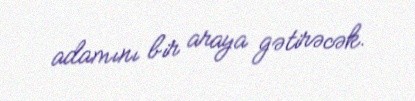
adamını bir araya gətirəcək.